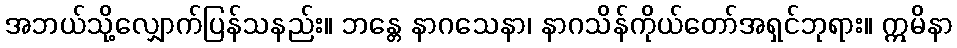
အဘယ်သို့လျှောက်ပြန်သနည်း။ ဘန္တေ နာဂသေနာ၊ နာဂသိန်ကိုယ်တော်အရှင်ဘုရား။ ဣမိနာ